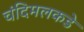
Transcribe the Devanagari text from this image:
चंदिमलकडे